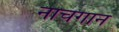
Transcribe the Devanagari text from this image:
नाचगान